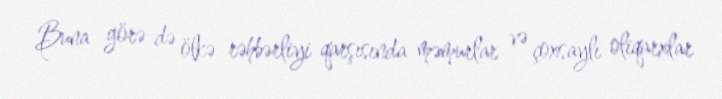
Buna görə də ölkə rəhbərliyi qarşısında məmurlar və çoxsaylı oliqarxlar